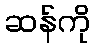
ဆန်ကို